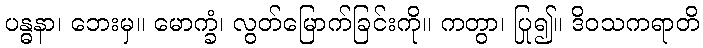
ပန္ဓနာ၊ ဘေးမှ။ မောက္ခံ၊ လွတ်မြောက်ခြင်းကို။ ကတွာ၊ ပြု၍။ ဒိဝသကရာတိ